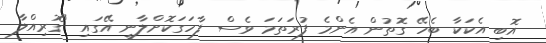
އޮބި އެކަކާ ބެހޭ ގޮތުން އެންމެ ފުރަތަމަ ވެސް ފާހަގަކޮށްލާނީ އޭގައި "ގޮރިއްލާ